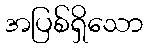
အပြစ်ရှိသော